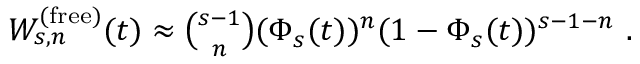
\begin{array} { r } { W _ { s , n } ^ { ( \mathrm { f r e e } ) } ( t ) \approx \binom { s - 1 } { n } ( \Phi _ { s } ( t ) ) ^ { n } ( 1 - \Phi _ { s } ( t ) ) ^ { s - 1 - n } ~ . } \end{array}